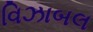
વિઝાબલ